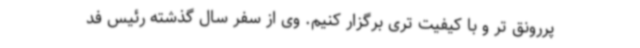
پررونق تر و با کیفیت تری برگزار کنیم. وی از سفر سال گذشته رئیس فد